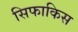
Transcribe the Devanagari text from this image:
सिफाकिस